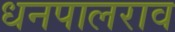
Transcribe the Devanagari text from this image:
धनपालराव